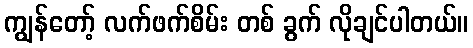
ကျွန်တော့် လက်ဖက်စိမ်း တစ် ခွက် လိုချင်ပါတယ်။